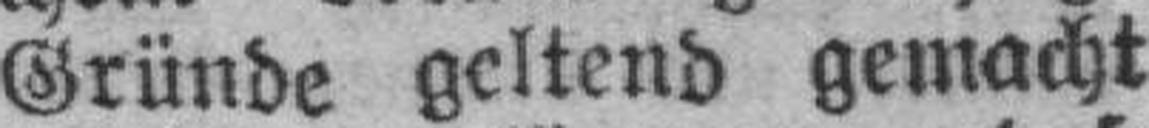
Gründe geltend gemacht